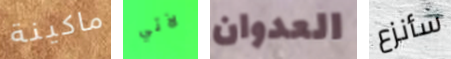
ماكينة لآتي العدوان سأنزع